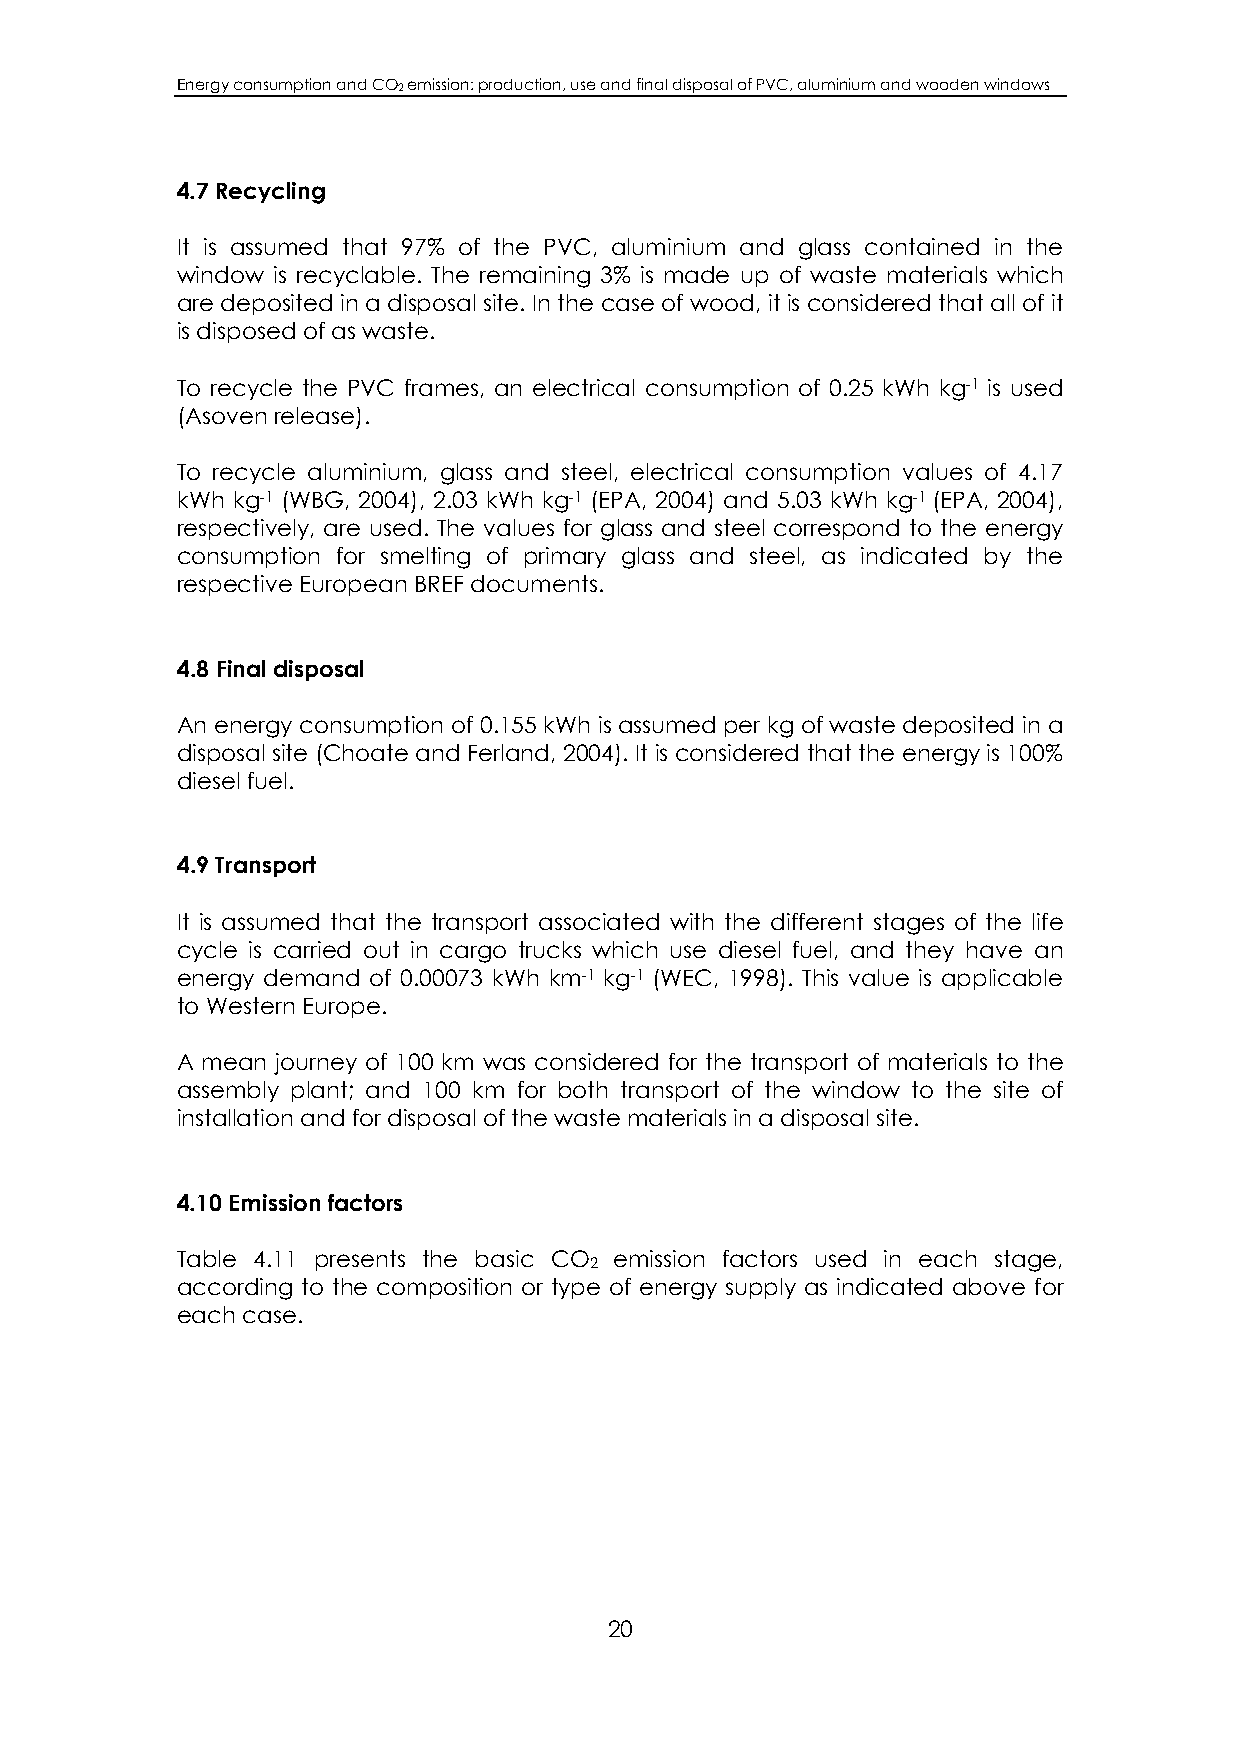
Energy consumption and CO2 emission: production, use and final disposal of PVC, aluminium and wooden windows
 4.7 Recycling
 It is assumed that 97% of the PVC, aluminium and glass contained in the
 window is recyclable. The remaining 3% is made up of waste materials which
 are deposited in a disposal site. In the case of wood, it is considered that all of it
 is disposed of as waste.
 To recycle the PVC frames, an electrical consumption of 0.25 kWh kg-1 is used
 (Asoven release).
 To recycle aluminium, glass and steel, electrical consumption values of 4.17
 kWh kg-1 (WBG, 2004), 2.03 kWh kg-1 (EPA, 2004) and 5.03 kWh kg-1 (EPA, 2004),
 respectively, are used. The values for glass and steel correspond to the energy
 consumption for smelting of primary glass and steel, as indicated by the
 respective European BREF documents.
 4.8 Final disposal
 An energy consumption of 0.155 kWh is assumed per kg of waste deposited in a
 disposal site (Choate and Ferland, 2004). It is considered that the energy is 100%
 diesel fuel.
 4.9 Transport
 It is assumed that the transport associated with the different stages of the life
 cycle is carried out in cargo trucks which use diesel fuel, and they have an
 energy demand of 0.00073 kWh km-1 kg-1 (WEC, 1998). This value is applicable
 to Western Europe.
 A mean journey of 100 km was considered for the transport of materials to the
 assembly plant; and 100 km for both transport of the window to the site of
 installation and for disposal of the waste materials in a disposal site.
 4.10 Emission factors
 Table 4.11 presents the basic CO emission factors used in each stage,
 2
 according to the composition or type of energy supply as indicated above for
 each case.
 20